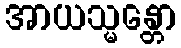
အာယသ္မန္တော